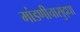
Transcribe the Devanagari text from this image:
मांडणीचासुद्धा